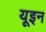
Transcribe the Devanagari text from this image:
यूइन